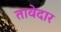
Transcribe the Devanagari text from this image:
तावेदार